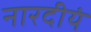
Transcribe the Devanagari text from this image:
नारदीयं